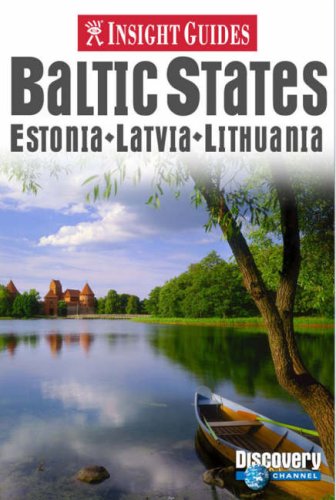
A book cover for Baltic States Insight Guide (Insight Guides); VARIOUS; Travel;